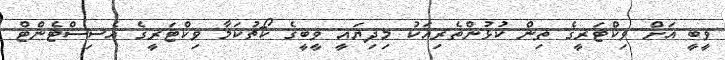
ވީބީ އަށް ވިކްޓަރީގެ ތިން ކުޅުންތެރިއަކު މިދިޔައީ ވީބީގެ ކޯޗުކަމާ ވިކްޓަރީގެ އެސިސްޓެންޓް